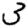
Digit: 3